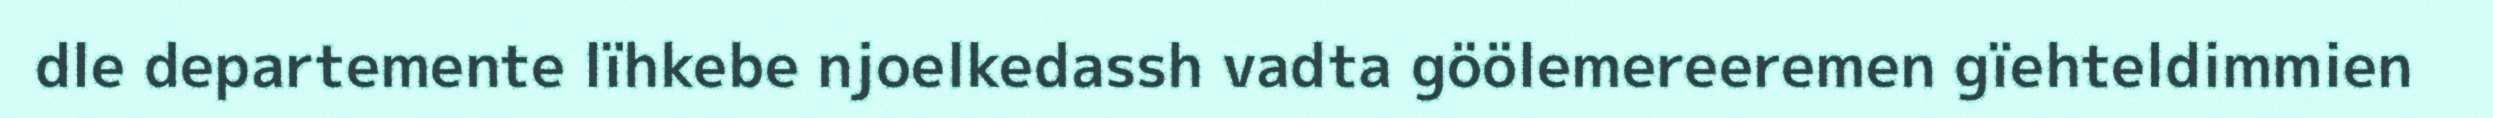
dle departemente lïhkebe njoelkedassh vadta göölemereeremen gïehteldimmien